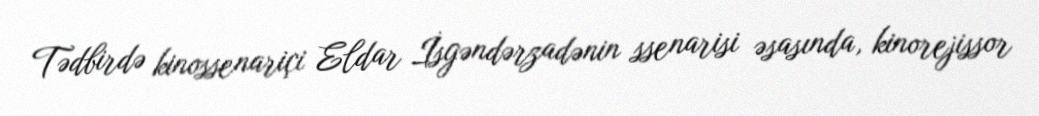
Tədbirdə kinossenariçi Eldar İsgəndərzadənin ssenarisi əsasında, kinorejissor